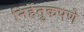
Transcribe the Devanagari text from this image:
निर्हेतुकपणे